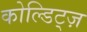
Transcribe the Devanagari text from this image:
कोल्डिट्ज़